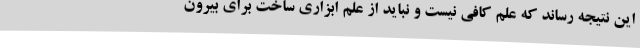
این نتیجه رساند که علم کافی نیست و نباید از علم ابزاری ساخت برای بیرون